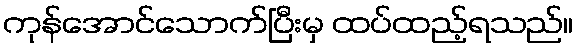
ကုန်အောင်သောက်ပြီးမှ ထပ်ထည့်ရသည်။